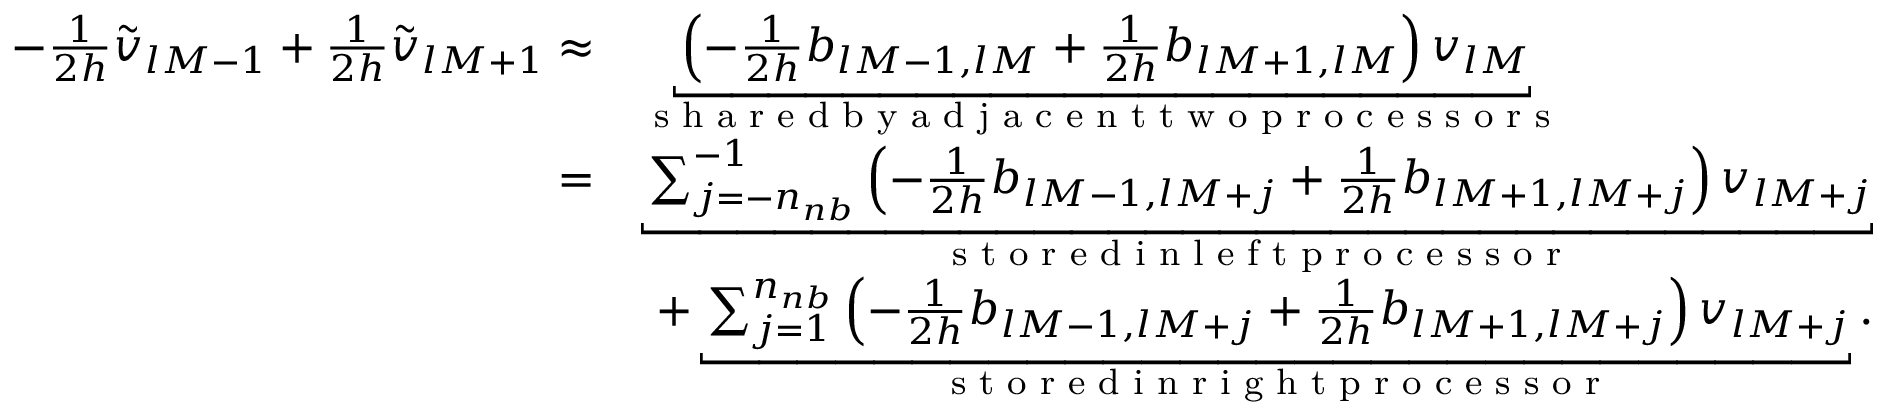
\begin{array} { r l } { - \frac { 1 } { 2 h } \widetilde v _ { l M - 1 } + \frac { 1 } { 2 h } \widetilde v _ { l M + 1 } \approx } & { \underbracket { \left( - \frac { 1 } { 2 h } b _ { l M - 1 , l M } + \frac { 1 } { 2 h } b _ { l M + 1 , l M } \right) v _ { l M } } _ { \textup { s h a r e d b y a d j a c e n t t w o p r o c e s s o r s } } } \\ { = } & { \underbracket { \sum _ { j = - n _ { n b } } ^ { - 1 } \left( - \frac { 1 } { 2 h } b _ { l M - 1 , l M + j } + \frac { 1 } { 2 h } b _ { l M + 1 , l M + j } \right) v _ { l M + j } } _ { \textup { s t o r e d i n l e f t p r o c e s s o r } } } \\ & { ~ + \underbracket { \sum _ { j = 1 } ^ { n _ { n b } } \left( - \frac { 1 } { 2 h } b _ { l M - 1 , l M + j } + \frac { 1 } { 2 h } b _ { l M + 1 , l M + j } \right) v _ { l M + j } } _ { \textup { s t o r e d i n r i g h t p r o c e s s o r } } . } \end{array}